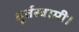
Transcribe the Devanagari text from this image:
धूर्तस्वामी।